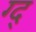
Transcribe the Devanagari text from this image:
ग्द्